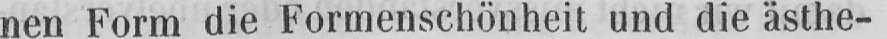
nen Form die Formenschönheit und die ästhe-